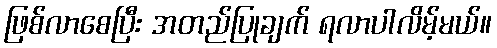
ဖြစ်လာစေပြီး အတည်ပြုချက် ရလာပါလိမ့်မယ်။